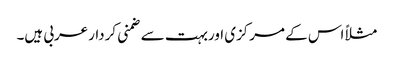
مثلاً اس کے مرکزی اوربہت سے ضمنی کردارعربی ہیں۔